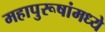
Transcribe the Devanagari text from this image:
महापुरूषांमध्ये